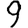
Digit: 9